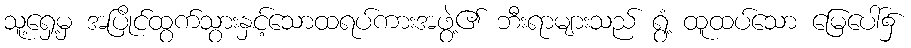
သူ့ရှေ့မှ အပြိုင်ထွက်သွားနှင့်သောထရပ်ကားအဖွဲ့၏ ဘီးရာများသည် ရွံ့ ထူထပ်သော မြေပေါ်၌